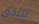
تلتحق